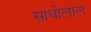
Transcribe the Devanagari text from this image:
साधोलाल